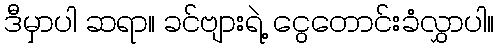
ဒီမှာပါ ဆရာ။ ခင်ဗျားရဲ့ ငွေတောင်းခံလွှာပါ။